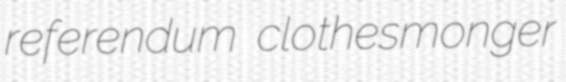
referendum clothesmonger